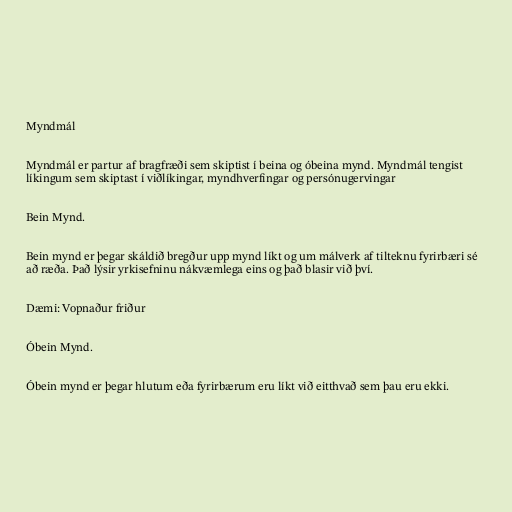
Myndmál

Myndmál er partur af bragfræði sem skiptist í beina og óbeina mynd. Myndmál tengist
líkingum sem skiptast í viðlíkingar, myndhverfingar og persónugervingar

Bein Mynd.

Bein mynd er þegar skáldið bregður upp mynd líkt og um málverk af tilteknu fyrirbæri sé
að ræða. Það lýsir yrkisefninu nákvæmlega eins og það blasir við því.

Dæmi: Vopnaður friður

Óbein Mynd.

Óbein mynd er þegar hlutum eða fyrirbærum eru líkt við eitthvað sem þau eru ekki.